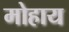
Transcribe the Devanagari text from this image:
मोहाय